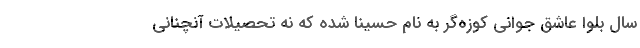
سال بلوا عاشق جوانی کوزه‌گر به نام حسینا شده که نه تحصیلات آنچنانی